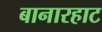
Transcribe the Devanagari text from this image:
बानारहाट